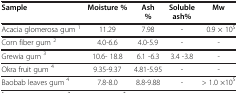
<table><thead><tr><td><b>Sample</b></td><td><b>Moisture %</b></td><td><b>Ash %</b></td><td><b>Soluble ash%</b></td><td><b>Mw</b></td></tr></thead><tbody><tr><td>Acacia glomerosa gum <sup>1</sup></td><td>11.29</td><td>7.98</td><td>-</td><td>0.9 × 10<sup>5</sup></td></tr><tr><td>Corn fiber gum <sup>2</sup></td><td>4.0-6.6</td><td>4.0-5.9</td><td>-</td><td>-</td></tr><tr><td>Grewia gum <sup>3</sup></td><td>10.6- 18.8</td><td>6.1 -6.3</td><td>3.4 -3.8</td><td>-</td></tr><tr><td>Okra fruit gum <sup>4</sup></td><td>9.35-9.37</td><td>4.81-5.95</td><td>-</td><td>-</td></tr><tr><td>Baobab leaves gum <sup>4</sup></td><td>7.8-8.0</td><td>8.8-9.88</td><td>-</td><td>&gt; 1.0 ×10<sup>5</sup></td></tr></tbody></table>